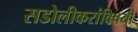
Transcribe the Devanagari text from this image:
सडोलीकरांविषयी